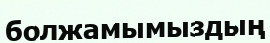
болжамымыздың